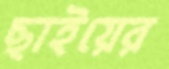
ছাইয়ের